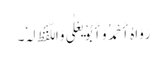
رَوَاہُ أَحْمَدُ وَأَبُوْ یَعْلٰی وَاللَّفْظُ لَہٗ۔